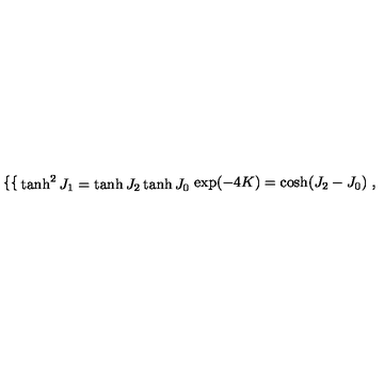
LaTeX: \left\{ \begin{cases} { \tanh ^ { 2 } J _ { 1 } = \tanh J _ { 2 } \tanh J _ { 0 } } \\ { \exp ( - 4 K ) = \cosh ( J _ { 2 } - J _ { 0 } ) } \\ \end{cases} \right. ,